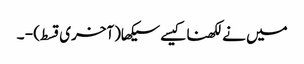
میں نےلکھناکیسےسیکھا(آخری قسط) - ۔